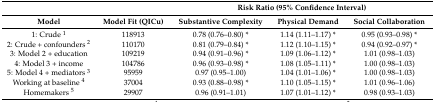
<table><thead><tr><td></td><td></td><td colspan="3"><b>Risk Ratio (95% Confidence Interval)</b></td></tr><tr><td><b>Model</b></td><td><b>Model Fit (QICu)</b></td><td><b>Substantive Complexity</b></td><td><b>Physical Demand</b></td><td><b>Social Collaboration</b></td></tr></thead><tbody><tr><td>1: Crude <sup>1</sup></td><td>118913</td><td>0.78 (0.76–0.80) *</td><td>1.14 (1.11–1.17) *</td><td>0.95 (0.93–0.98) *</td></tr><tr><td>2: Crude + confounders <sup>2</sup></td><td>110170</td><td>0.81 (0.79–0.84) *</td><td>1.12 (1.10–1.15) *</td><td>0.94 (0.92–0.97) *</td></tr><tr><td>3: Model 2 + education</td><td>109219</td><td>0.94 (0.91–0.96) *</td><td>1.09 (1.06–1.12) *</td><td>1.01 (0.98–1.03)</td></tr><tr><td>4: Model 3 + income</td><td>104786</td><td>0.96 (0.93–0.98) *</td><td>1.08 (1.05–1.11) *</td><td>1.00 (0.98–1.03)</td></tr><tr><td>5: Model 4 + mediators <sup>3</sup></td><td>95959</td><td>0.97 (0.95–1.00)</td><td>1.04 (1.01–1.06) *</td><td>1.00 (0.98–1.03)</td></tr><tr><td>Working at baseline <sup>4</sup></td><td>37004</td><td>0.93 (0.88–0.98) *</td><td>1.10 (1.05–1.15) *</td><td>1.01 (0.96–1.06)</td></tr><tr><td>Homemakers <sup>5</sup></td><td>29907</td><td>0.96 (0.91–1.01)</td><td>1.07 (1.01–1.12) *</td><td>0.98 (0.93–1.03)</td></tr></tbody></table>